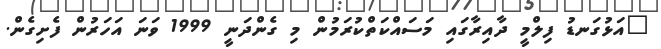
"އަޅުގަނޑު ފިލްމީ ދާއިރާގައި މަސައްކަތްކުރަމުން މި ގެންދަނީ 1999 ވަނަ އަހަރުން ފެށިގެން.